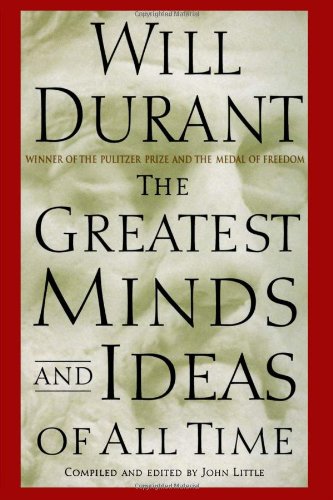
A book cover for The Greatest Minds and Ideas of All Time; Will Durant; Literature & Fiction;